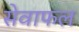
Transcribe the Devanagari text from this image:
सेवाफल